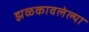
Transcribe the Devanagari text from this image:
झळकावलेल्या